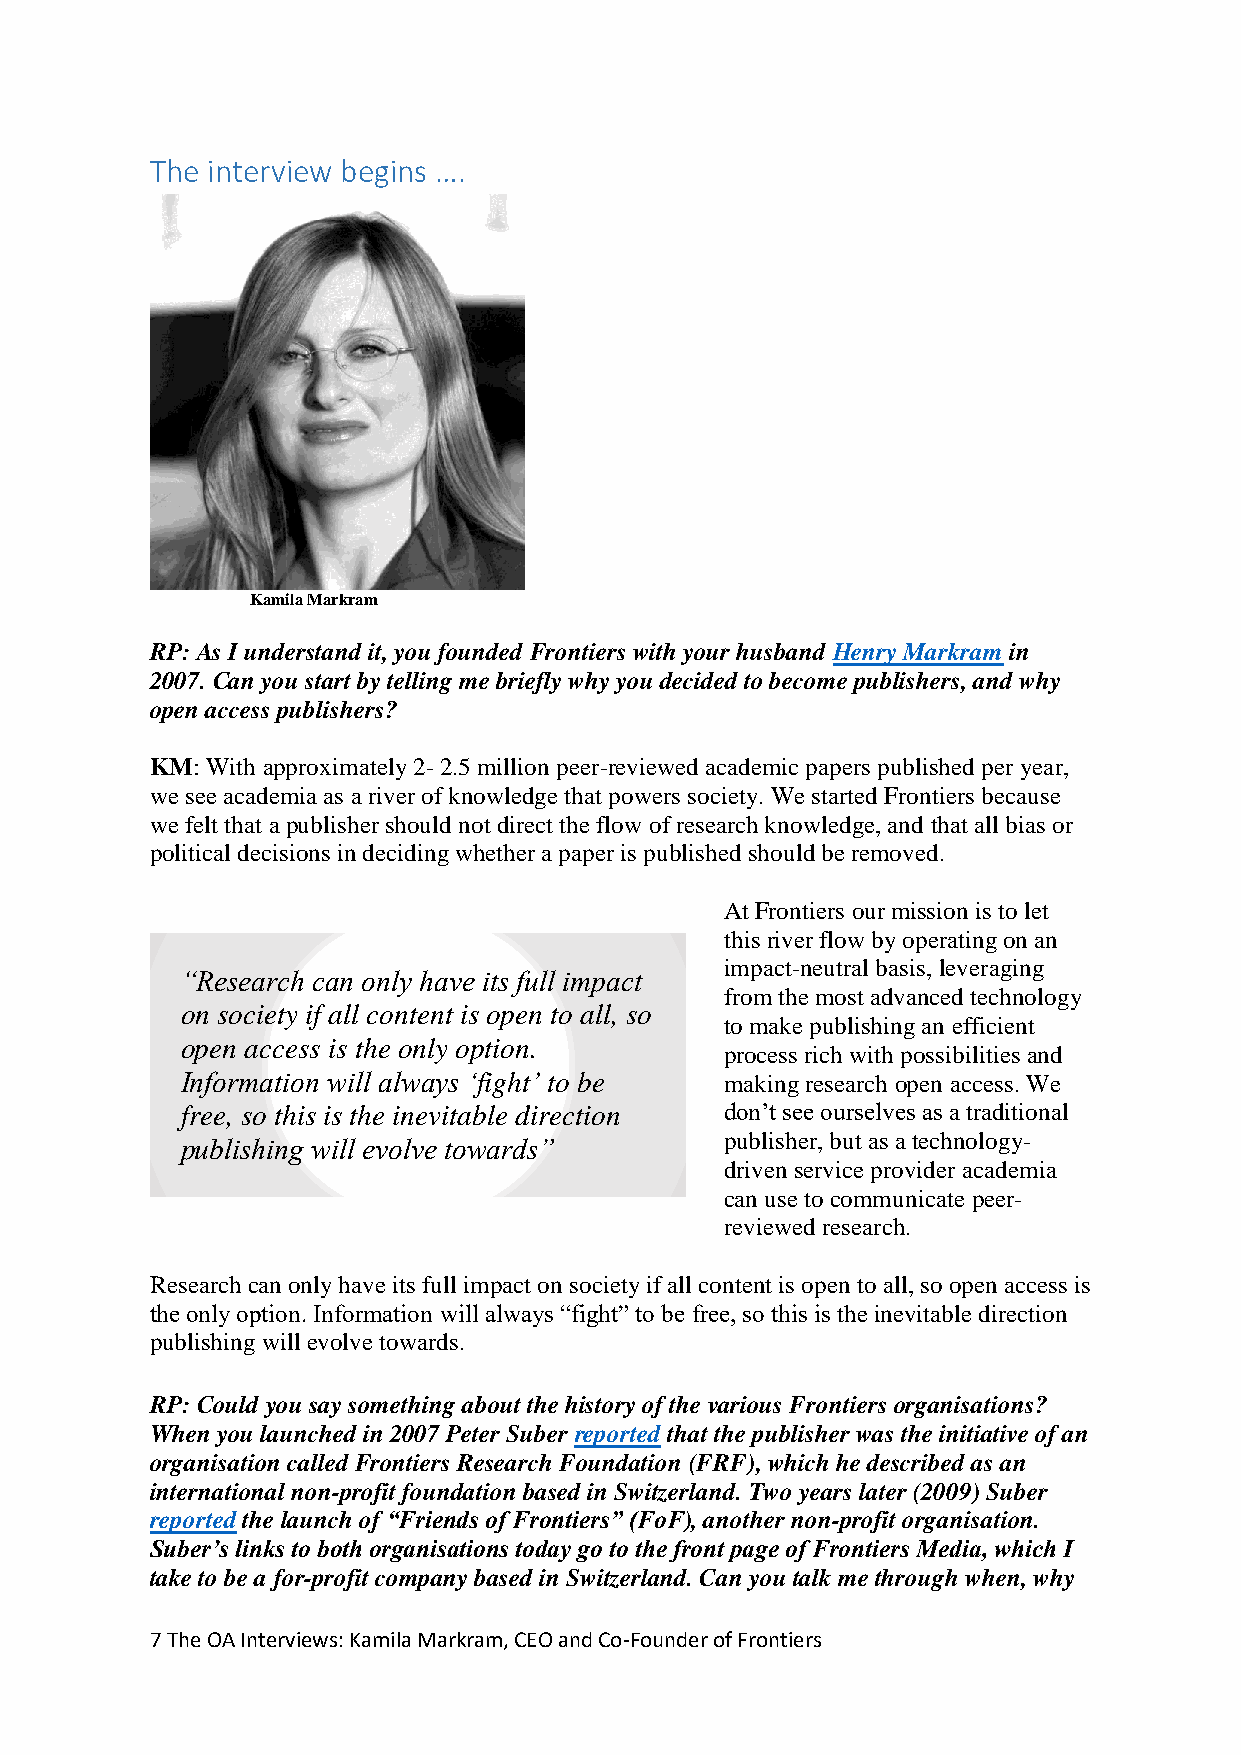
The interview begins ….
 Kamila Markram
 RP: As I understand it, you founded Frontiers with your husband Henry Markram in
 2007. Can you start by telling me briefly why you decided to become publishers, and why
 open access publishers?
 KM: With approximately 2- 2.5 million peer-reviewed academic papers published per year,
 we see academia as a river of knowledge that powers society. We started Frontiers because
 we felt that a publisher should not direct the flow of research knowledge, and that all bias or
 political decisions in deciding whether a paper is published should be removed.
 At Frontiers our mission is to let
 this river flow by operating on an
 impact-neutral basis, leveraging
 “Research can only have its full impact
 from the most advanced technology
 on society if all content is open to all, so
 to make publishing an efficient
 open access is the only option.
 process rich with possibilities and
 Information will always ‘fight’ to be making research open access. We
 free, so this is the inevitable direction don’t see ourselves as a traditional
 publisher, but as a technology-
 publishing will evolve towards”
 driven service provider academia
 can use to communicate peer-
 reviewed research.
 Research can only have its full impact on society if all content is open to all, so open access is
 the only option. Information will always “fight” to be free, so this is the inevitable direction
 publishing will evolve towards.
 RP: Could you say something about the history of the various Frontiers organisations?
 When you launched in 2007 Peter Suber reported that the publisher was the initiative of an
 organisation called Frontiers Research Foundation (FRF), which he described as an
 international non-profit foundation based in Switzerland. Two years later (2009) Suber
 reported the launch of “Friends of Frontiers” (FoF), another non-profit organisation.
 Suber’s links to both organisations today go to the front page of Frontiers Media, which I
 take to be a for-profit company based in Switzerland. Can you talk me through when, why
 7 The OA Interviews: Kamila Markram, CEO and Co-Founder of Frontiers